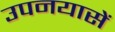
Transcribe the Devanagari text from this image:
उपनयासें